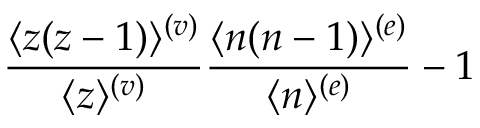
{ \frac { \langle z ( z - 1 ) \rangle ^ { ( v ) } } { \langle z \rangle ^ { ( v ) } } } { \frac { \langle n ( n - 1 ) \rangle ^ { ( e ) } } { \langle n \rangle ^ { ( e ) } } } - 1